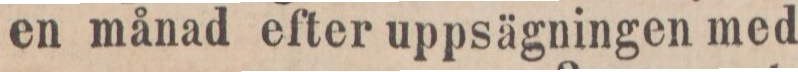
en månad efter uppsägningen med